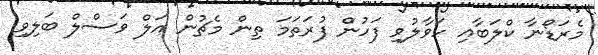
މެރަޑޯނާ ކްލަބާއި ހަވާލުވި ފަހުން ފުރަތަމަ ތިން މެޗުން އަލް ވަސްލް ބަލިވި